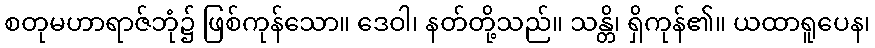
စတုမဟာရာဇ်ဘုံ၌ ဖြစ်ကုန်သော။ ဒေဝါ၊ နတ်တို့သည်။ သန္တိ၊ ရှိကုန်၏။ ယထာရူပေန၊